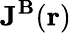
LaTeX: \mathbf{J^{B}}(\mathbf{r})